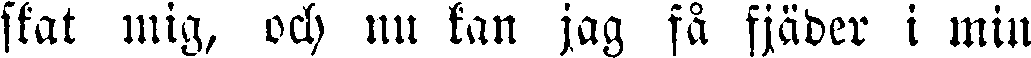
skat mig, och nu kan jag få fjäder i min